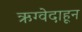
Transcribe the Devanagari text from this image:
ऋग्वेदाहून